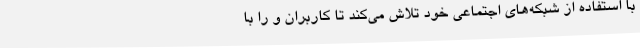
با استفاده از شبکه‌های اجتماعی خود تلاش می‌کند تا کاربران و را با